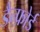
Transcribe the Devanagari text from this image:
डैन्फ़ोर्ड